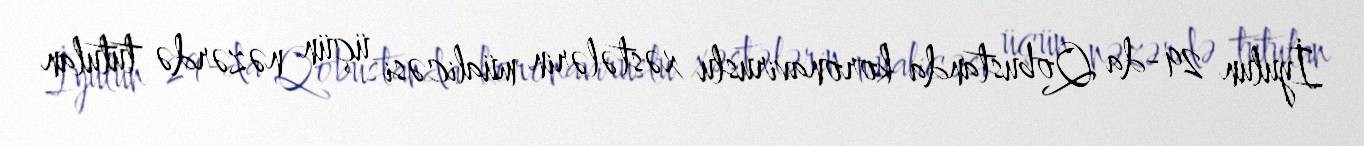
İyulun 29-da Qobustanda koronaviruslu xəstələrin müalicəsi üçün nəzərdə tutulan